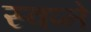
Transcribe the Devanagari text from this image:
स्वप्‍ने